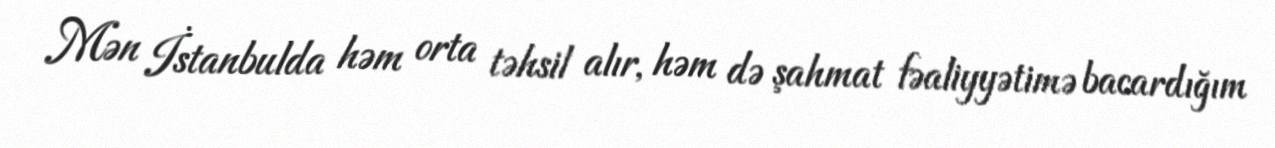
Mən İstanbulda həm orta təhsil alır, həm də şahmat fəaliyyətimə bacardığım